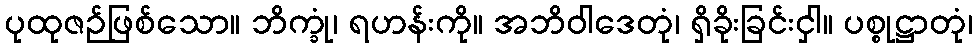
ပုထုဇဉ်ဖြစ်သော။ ဘိက္ခုံ၊ ရဟန်းကို။ အဘိဝါဒေတုံ၊ ရှိခိုးခြင်းငှါ။ ပစ္စုဋ္ဌာတုံ၊